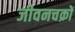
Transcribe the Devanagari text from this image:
जीवनचक्रों